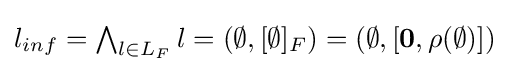
{\textstyle l_{inf}=\bigwedge _{l\in L_{F}}l=(\emptyset ,[\emptyset ]_{F})=(\emptyset ,[{\bf {0}},\rho (\emptyset )])}